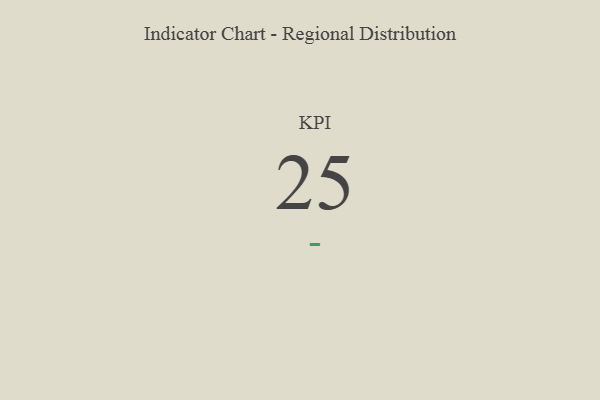
{"axis": {"x": "KPI", "y": "Value"}, "legend": [""], "data": [{"x": "KPI", "y": 25, "type": ""}]}